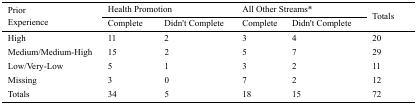
| <ROWSPAN=3> Prior Experience | <COLSPAN=2> Health Promotion | <COLSPAN=2> All Other Streams* | <ROWSPAN=3> Totals |
 | Complete | Didn’t Complete | Complete | Didn’t Complete |
 | --- | --- | --- | --- | --- | --- |
 | High | 11 | 2 | 3 | 4 | 20 |
 | Medium/Medium-High | 15 | 2 | 5 | 7 | 29 |
 | Low/Very-Low | 5 | 1 | 3 | 2 | 11 |
 | Missing | 3 | 0 | 7 | 2 | 12 |
 | Totals | 34 | 5 | 18 | 15 | 72 |